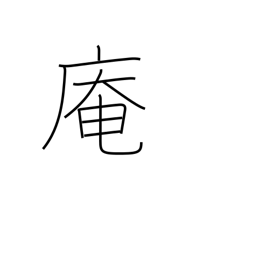
Meaning: hermitage